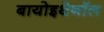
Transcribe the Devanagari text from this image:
बायोइथेनॉल